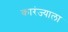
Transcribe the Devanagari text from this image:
कारंज्याला